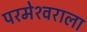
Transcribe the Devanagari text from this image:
परमेश्‍वराला